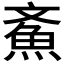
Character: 𩵳